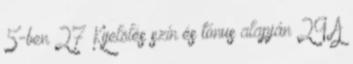
5-ben 27 Kijelölés szín és tónus alapján 29 A